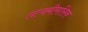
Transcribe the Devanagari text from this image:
तत्वमीमांसिक